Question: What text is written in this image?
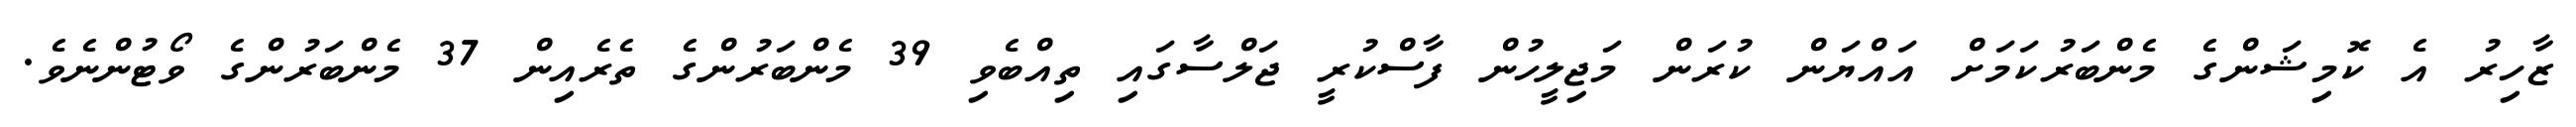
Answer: ޒާހިރު އެ ކޮމިޝަންގެ މެންބަރުކަމަށް އައްޔަން ކުރަން މަޖިލީހުން ފާސްކުރީ ޖަލްސާގައި ތިއްބެވި 39 މެންބަރުންގެ ތެރެއިން 37 މެންބަރުންގެ ވޯޓުންނެވެ.